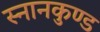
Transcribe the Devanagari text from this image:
स्‍नानकुण्‍ड